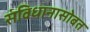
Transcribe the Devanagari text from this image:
संविधानासोबत